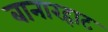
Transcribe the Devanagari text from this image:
बानारहाट